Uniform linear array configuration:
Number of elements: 4
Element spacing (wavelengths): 0.75
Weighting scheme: exponential
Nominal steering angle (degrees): -15
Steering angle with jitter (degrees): -14.538
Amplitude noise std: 0.05
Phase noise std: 0.05

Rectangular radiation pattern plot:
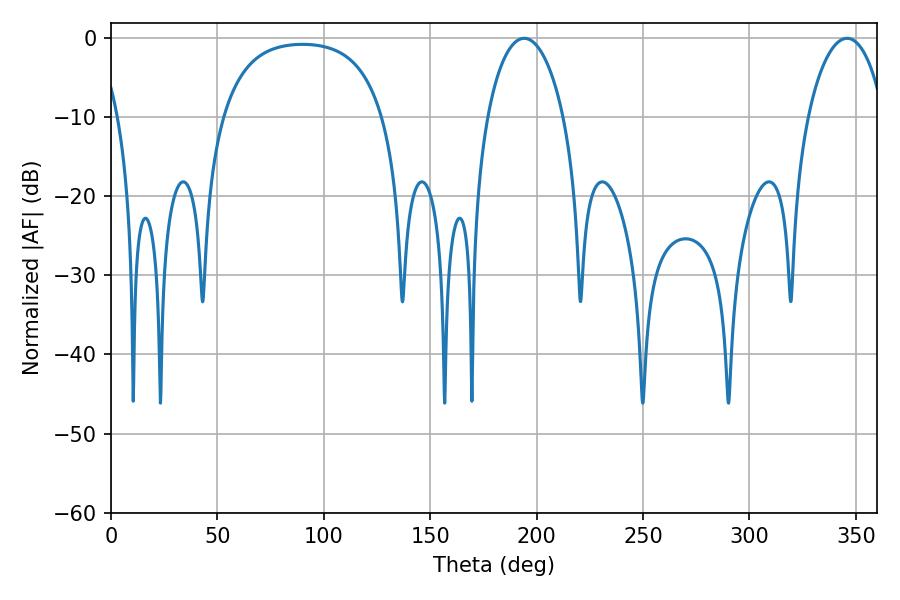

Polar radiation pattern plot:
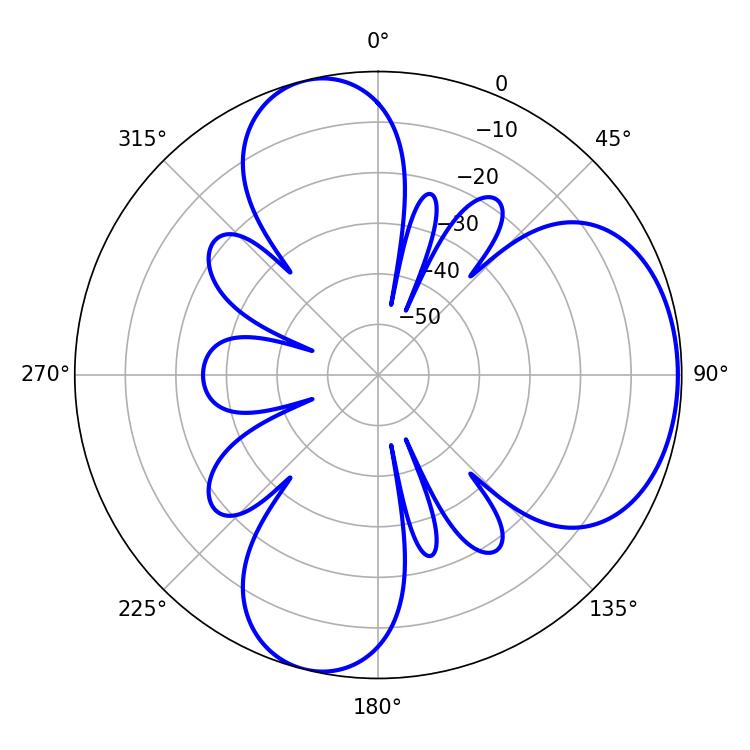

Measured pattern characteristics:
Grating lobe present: TRUE
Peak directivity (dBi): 5.785
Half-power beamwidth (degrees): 20.34
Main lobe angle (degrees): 194.22